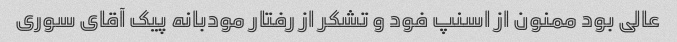
عالی بود ممنون از اسنپ فود و تشکر از رفتار مودبانه پیک آقای سوری